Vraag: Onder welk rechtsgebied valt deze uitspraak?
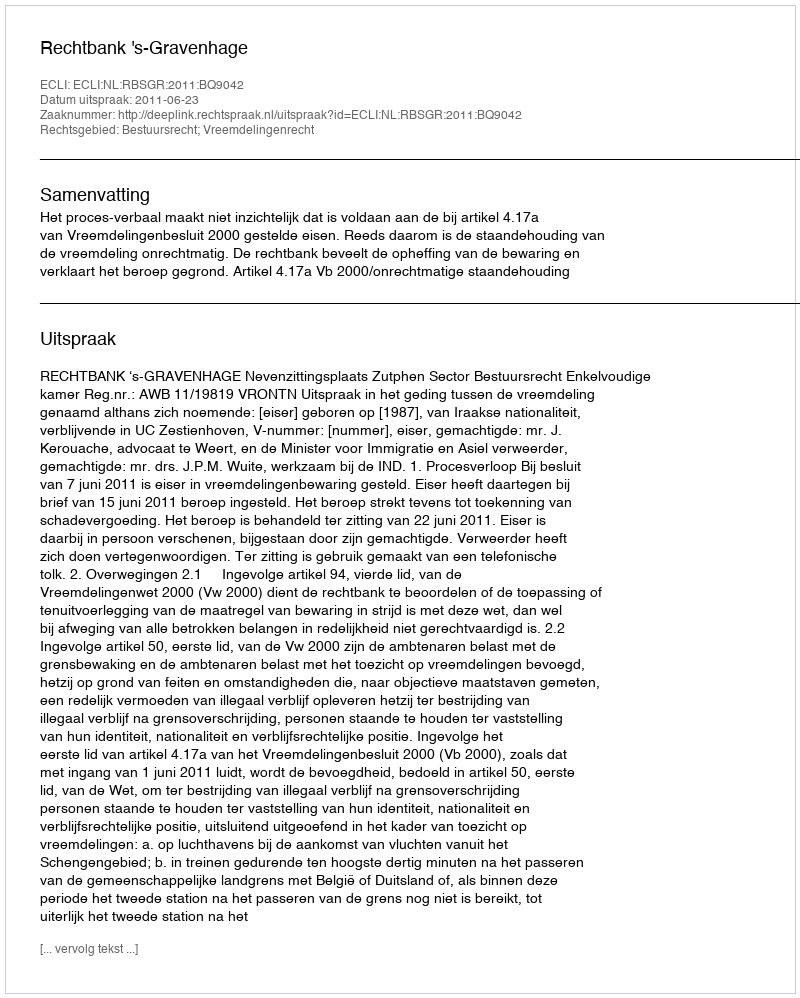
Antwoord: Bestuursrecht; Vreemdelingenrecht